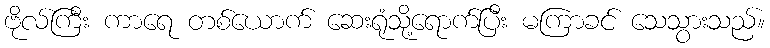
ဗိုလ်ကြီး ကာရေ တစ်ယောက် ဆေးရုံသို့ရောက်ပြီး မကြာခင် သေသွားသည်။